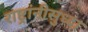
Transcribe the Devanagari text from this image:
राष्ट्रांनीसुध्दा